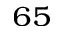
_ { 6 5 }